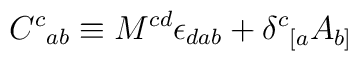
{C^c}_{ab} \equiv M^{cd}\epsilon_{dab} + {\delta^c}_{[a}A_{b]}